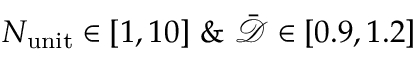
N _ { \mathrm { u n i t } } \in [ 1 , 1 0 ] \ \& \ \bar { \mathcal { D } } \in [ 0 . 9 , 1 . 2 ]